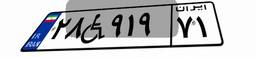
۶۹W۶۶۴۹۰